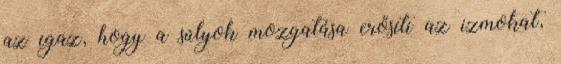
az igaz, hogy a súlyok mozgatása erősíti az izmokat,